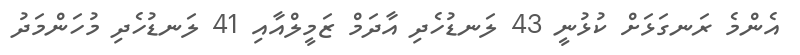
އެންމެ ރަނގަޅަށް ކުޅުނީ 43 ލަނޑުހެދި އާދަމް ޒަމީލްއާއި 41 ލަނޑުހެދި މުހަންމަދު